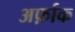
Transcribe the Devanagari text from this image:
अर्फ़ाक